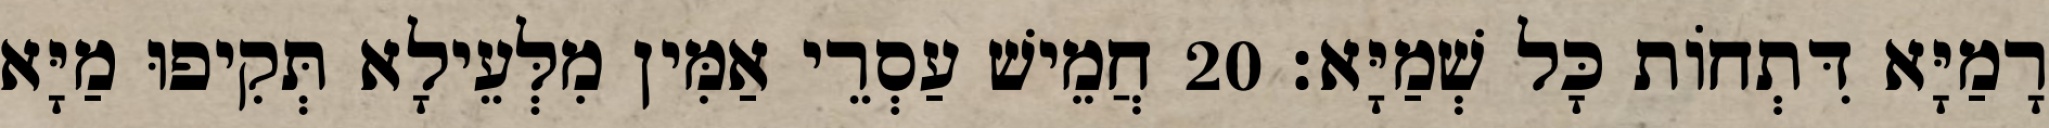
רָמַיָּא דִּתְחוֹת כָּל שְׁמַיָּא׃ 20 חֲמֵישׁ עַסְרֵי אַמִּין מִלְּעֵילָא תְּקִיפוּ מַיָּא